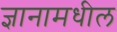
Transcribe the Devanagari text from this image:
ज्ञानामधील